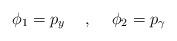
LaTeX: \begin{align*}\phi_1=p_y\hspace{5mm},\hspace{5mm}\phi_2=p_\gamma\end{align*}